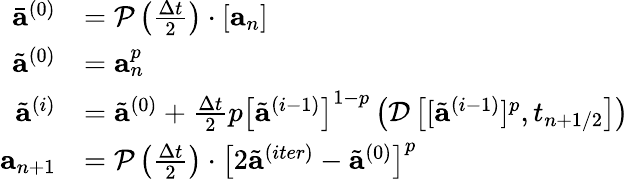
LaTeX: \begin{array}{r}{\begin{array}{rl}{\bar{\mathbf{a}}^{(0)}}&{=\mathcal{P}\left(\frac{\Delta t}{2}\right)\cdot\left[\mathbf{a}_{n}\right]}\\ {\tilde{\mathbf{a}}^{(0)}}&{=\mathbf{a}_{n}^{p}}\\ {\tilde{\mathbf{a}}^{(i)}}&{=\tilde{\mathbf{a}}^{(0)}+\frac{\Delta t}{2}p\left[\tilde{\mathbf{a}}^{(i-1)}\right]^{1-p}\left(\mathcal{D}\left[[\tilde{\mathbf{a}}^{(i-1)}]^{p},t_{n+1/2}\right]\right)}\\ {\mathbf{a}_{n+1}}&{=\mathcal{P}\left(\frac{\Delta t}{2}\right)\cdot\left[2\tilde{\mathbf{a}}^{(iter)}-\tilde{\mathbf{a}}^{(0)}\right]^{p}}\end{array}}\end{array}